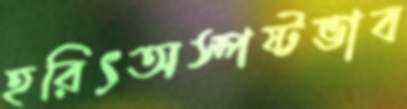
হরিৎঅস্পষ্টভাব